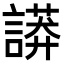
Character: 𧬏